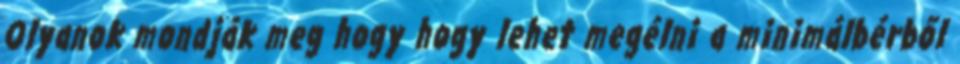
Olyanok mondják meg hogy hogy lehet megélni a minimálbérből